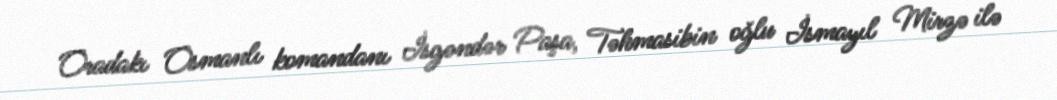
Oradakı Osmanlı komandanı İsgəndər Paşa, Təhmasibin oğlu İsmayıl Mirzə ilə